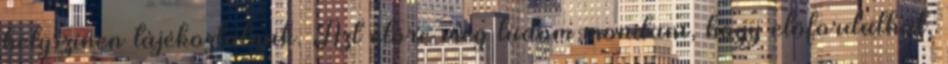
helyszínen tájékoztatnak. Azt előre meg tudom mondani, hogy előfordulhat,